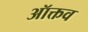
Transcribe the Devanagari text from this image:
ऑक्तव